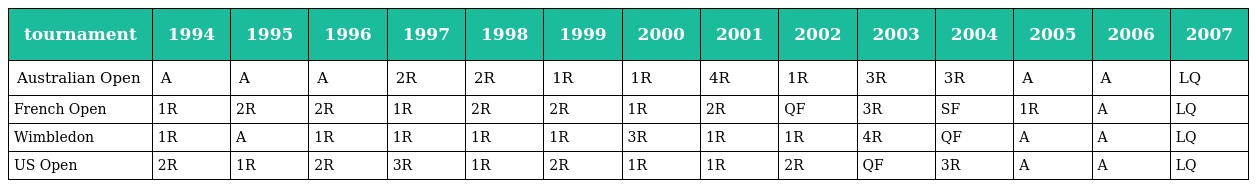
| tournament | 1994 | 1995 | 1996 | 1997 | 1998 | 1999 | 2000 | 2001 | 2002 | 2003 | 2004 | 2005 | 2006 | 2007 |
 | --- | --- | --- | --- | --- | --- | --- | --- | --- | --- | --- | --- | --- | --- | --- |
 | Australian Open | A | A | A | 2R | 2R | 1R | 1R | 4R | 1R | 3R | 3R | A | A | LQ |
 | French Open | 1R | 2R | 2R | 1R | 2R | 2R | 1R | 2R | QF | 3R | SF | 1R | A | LQ |
 | Wimbledon | 1R | A | 1R | 1R | 1R | 1R | 3R | 1R | 1R | 4R | QF | A | A | LQ |
 | US Open | 2R | 1R | 2R | 3R | 1R | 2R | 1R | 1R | 2R | QF | 3R | A | A | LQ |